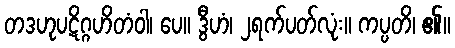
တဒဟုပဋိဂ္ဂဟိတံဝါ၊ ပေ။ ဒွီဟံ၊ ၂ရက်ပတ်လုံး။ ကပ္ပတိ၊ ၏။